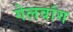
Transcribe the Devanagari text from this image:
गेलवांग